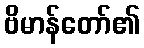
ဗိမာန်တော်၏